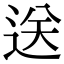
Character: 送